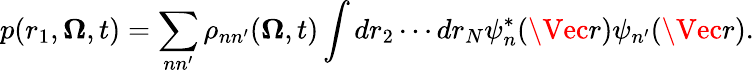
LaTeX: p(r_{1},\boldsymbol{\Omega},t)=\sum_{nn^{\prime}}\rho_{nn^{\prime}}(\boldsymbol{\Omega},t)\int dr_{2}\cdots dr_{N}\psi_{n}^{*}(\Vec{r})\psi_{n^{\prime}}(\Vec{r}).